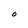
Character: O